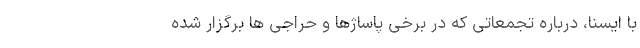
با ایسنا، درباره تجمعاتی که در برخی پاساژها و حراجی ها برگزار شده